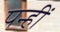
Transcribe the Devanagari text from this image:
पन्हीं